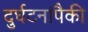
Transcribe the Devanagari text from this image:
दुर्घटनांपैकी